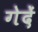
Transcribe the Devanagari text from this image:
गेदें